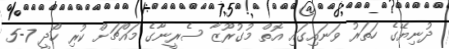
ދުނިޔޭގެ ހަތަރު ވަނައިގައި އޮތް މުގުރޫޒާ ސެރީނާގެ މައްޗަށް ކުރި ހޯދީ 7-5